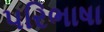
પરિભાષા